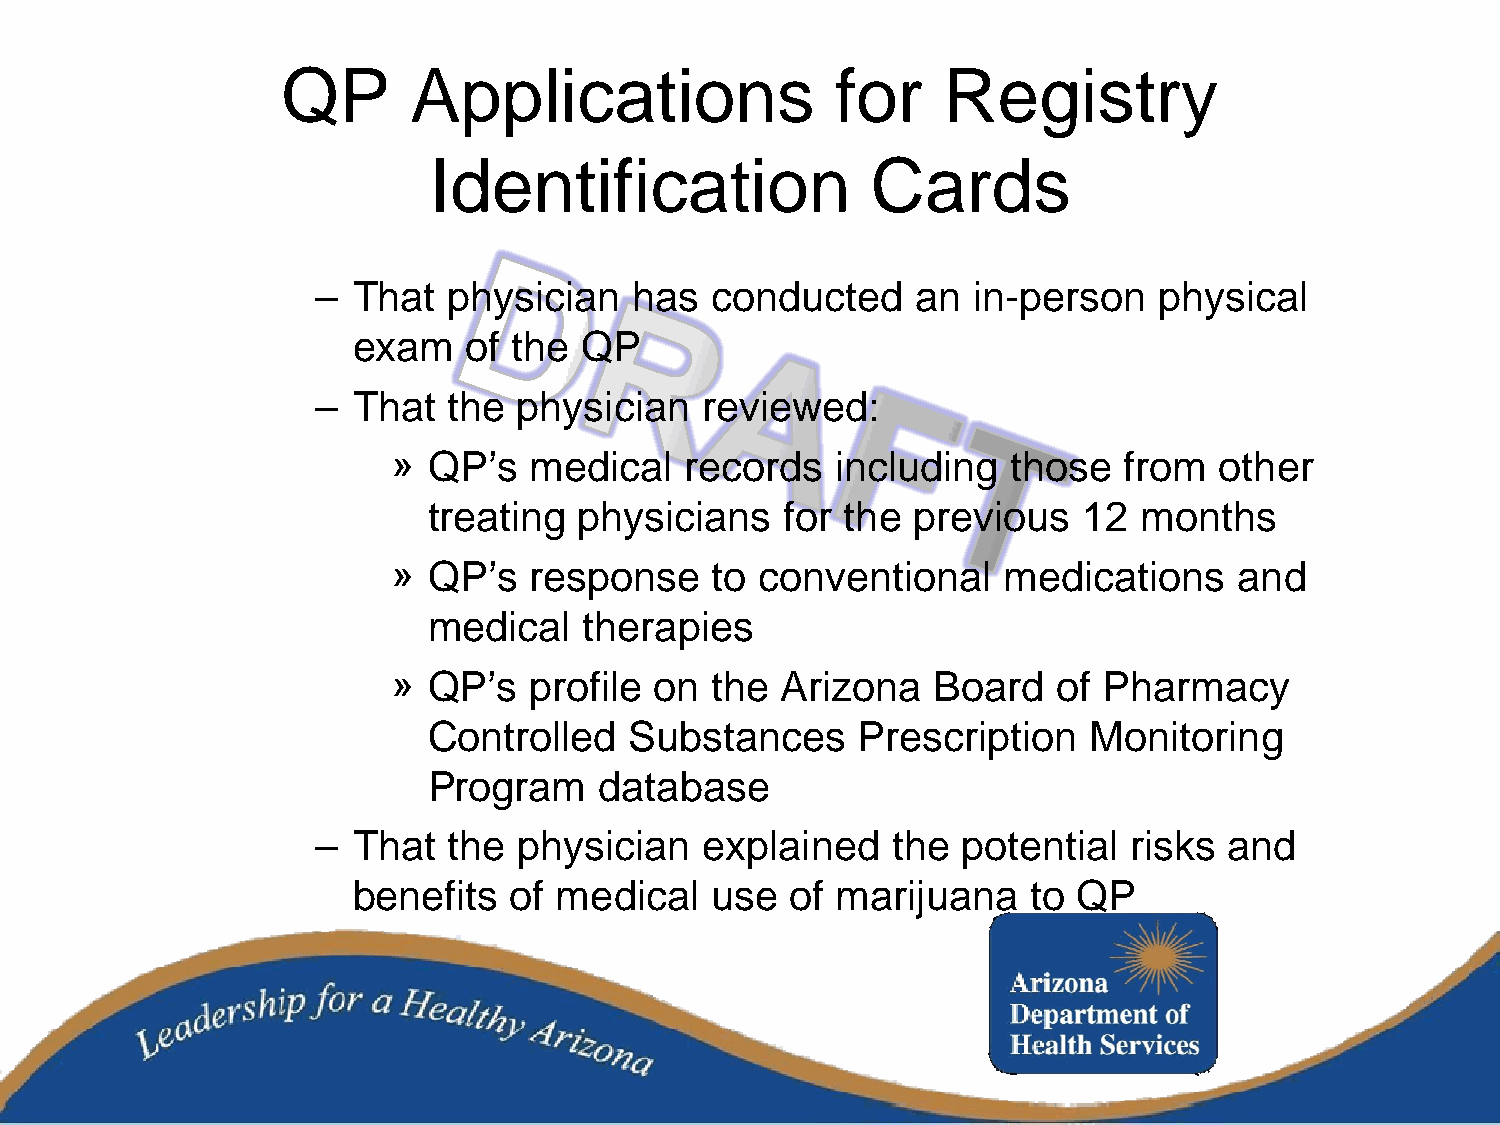
QP      Applications                for    Registry
 Identification                Cards
 – That   physician   has  conducted     an in-person    physical
 exam    of the QP
 – That   the physician   reviewed:
 » QP’s   medical   records   including   those  from   other
 treating  physicians    for the previous    12 months
 » QP’s   response    to conventional    medications     and
 medical    therapies
 » QP’s   profile on  the  Arizona   Board   of Pharmacy
 Controlled    Substances     Prescription   Monitoring
 Program     database
 – That   the physician   explained    the  potential  risks and
 benefits   of medical   use  of marijuana    to QP